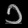
Digit: ၁